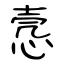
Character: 悫